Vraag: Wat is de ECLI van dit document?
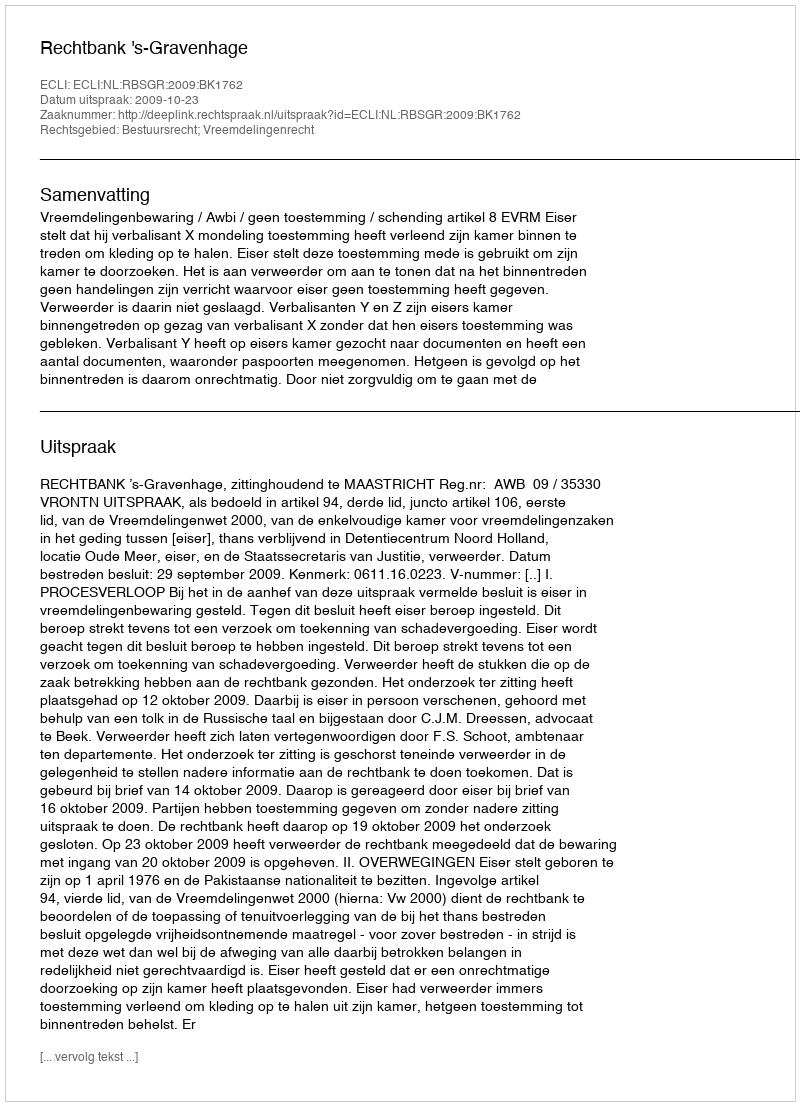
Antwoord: ECLI:NL:RBSGR:2009:BK1762